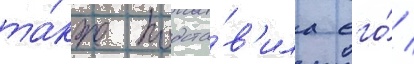
та́кже подста́в'ила его́ /